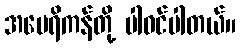
အမေရိကန်တို့ ပါဝင်ပါတယ်။